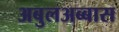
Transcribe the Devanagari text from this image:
अबुलअब्बास